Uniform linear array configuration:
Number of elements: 8
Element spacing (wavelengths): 0.25
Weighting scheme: hamming
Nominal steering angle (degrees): -15
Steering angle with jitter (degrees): -14.748
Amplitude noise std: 0.05
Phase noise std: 0.05

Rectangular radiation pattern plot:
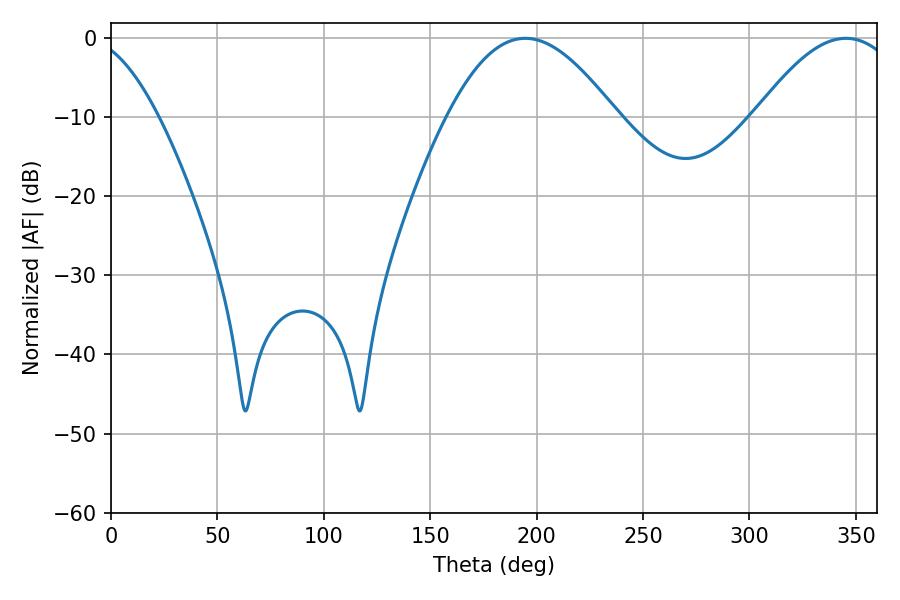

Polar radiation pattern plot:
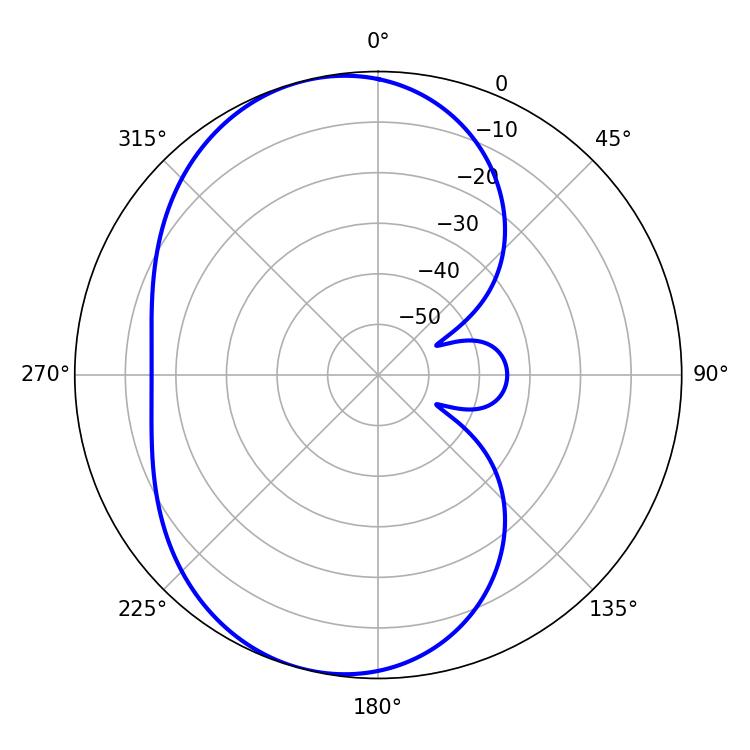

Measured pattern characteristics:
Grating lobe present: FALSE
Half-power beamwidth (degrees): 43.02
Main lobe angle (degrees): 194.58